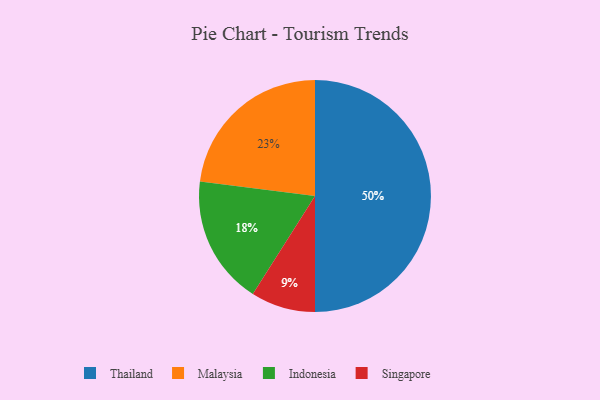
{"axis": {"x": "Category", "y": "Percentage"}, "legend": ["Indonesia", "Malaysia", "Singapore", "Thailand"], "data": [{"x": "Singapore", "y": 9, "type": "Singapore"}, {"x": "Malaysia", "y": 23, "type": "Malaysia"}, {"x": "Thailand", "y": 50, "type": "Thailand"}, {"x": "Indonesia", "y": 18, "type": "Indonesia"}]}